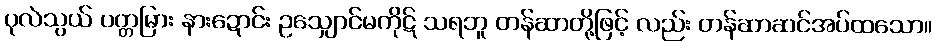
ပုလဲသွယ် ပတ္တမြား နားဍောင်း ဥသျှောင်မကိုဋ် သရဘူ တန်ဆာတို့ဖြင့် လည်း တန်ဆာဆင်အပ်ထသော။